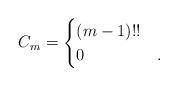
LaTeX: \begin{align*} C_m = \begin{cases} (m - 1)!! & \\ 0 & . \end{cases}\end{align*}